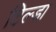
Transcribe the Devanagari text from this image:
टिल्डा